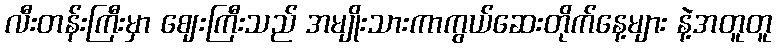
လီးတန်းကြီးမှာ ဈေးကြီးသည် အမျိုးသားကာကွယ်ဆေးတိုက်နေ့များ နဲ့အတူတူ